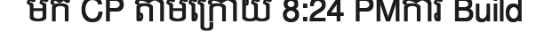
មក CP តាមក្រោយ 8:24 PMការ Build